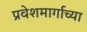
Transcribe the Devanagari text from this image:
प्रवेशमार्गाच्या